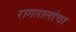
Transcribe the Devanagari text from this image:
रागतालांचा